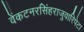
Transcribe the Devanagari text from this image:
वेंकटनरसिंहराजुवारिपेटा